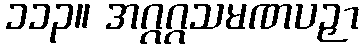
၁၁၃။ အဂ္ဂဂ္ဂသမဏပဉှာ